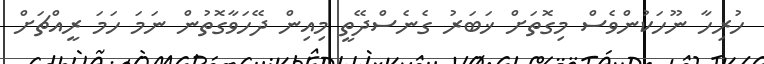
ހުރިހާ ނޫހަކުންވެސް މިގޮތަށް ޚަބަރު ގެނެސްދޭތީ މިއިން ދޭހަވާގޮތުން ނަމަ ހަމަ ރީއްޗަށް